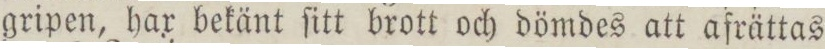
gripen, har bekänt ſitt brott och dömdes att afrättas